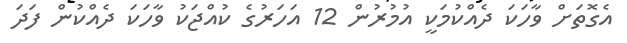
އެގޮތަށް ވާހަކަ ދެއްކުމަކީ އުމުރުން 12 އަހަރުގެ ކުއްޖަކު ވާހަކަ ދެއްކުން ފަދަ